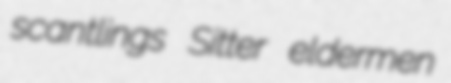
scantlings Sitter eldermen